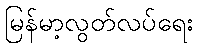
မြန်မာ့လွတ်လပ်ရေး